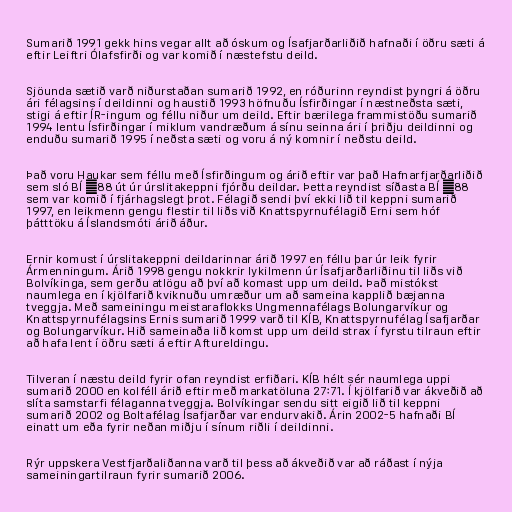
Sumarið 1991 gekk hins vegar allt að óskum og Ísafjarðarliðið hafnaði í öðru sæti á
eftir Leiftri Ólafsfirði og var komið í næstefstu deild.

Sjöunda sætið varð niðurstaðan sumarið 1992, en róðurinn reyndist þyngri á öðru
ári félagsins í deildinni og haustið 1993 höfnuðu Ísfirðingar í næstneðsta sæti,
stigi á eftir ÍR-ingum og féllu niður um deild. Eftir bærilega frammistöðu sumarið
1994 lentu Ísfirðingar í miklum vandræðum á sínu seinna ári í þriðju deildinni og
enduðu sumarið 1995 í neðsta sæti og voru á ný komnir í neðstu deild.

Það voru Haukar sem féllu með Ísfirðingum og árið eftir var það Hafnarfjarðarliðið
sem sló BÍ ´88 út úr úrslitakeppni fjórðu deildar. Þetta reyndist síðasta BÍ ´88
sem var komið í fjárhagslegt þrot. Félagið sendi því ekki lið til keppni sumarið
1997, en leikmenn gengu flestir til liðs við Knattspyrnufélagið Erni sem hóf
þátttöku á Íslandsmóti árið áður.

Ernir komust í úrslitakeppni deildarinnar árið 1997 en féllu þar úr leik fyrir
Ármenningum. Árið 1998 gengu nokkrir lykilmenn úr Ísafjarðarliðinu til liðs við
Bolvíkinga, sem gerðu atlögu að því að komast upp um deild. Það mistókst
naumlega en í kjölfarið kviknuðu umræður um að sameina kapplið bæjanna
tveggja. Með sameiningu meistaraflokks Ungmennafélags Bolungarvíkur og
Knattspyrnufélagsins Ernis sumarið 1999 varð til KÍB, Knattspyrnufélag Ísafjarðar
og Bolungarvíkur. Hið sameinaða lið komst upp um deild strax í fyrstu tilraun eftir
að hafa lent í öðru sæti á eftir Aftureldingu.

Tilveran í næstu deild fyrir ofan reyndist erfiðari. KÍB hélt sér naumlega uppi
sumarið 2000 en kolféll árið eftir með markatöluna 27:71. Í kjölfarið var ákveðið að
slíta samstarfi félaganna tveggja. Bolvíkingar sendu sitt eigið lið til keppni
sumarið 2002 og Boltafélag Ísafjarðar var endurvakið. Árin 2002-5 hafnaði BÍ
einatt um eða fyrir neðan miðju í sínum riðli í deildinni.

Rýr uppskera Vestfjarðaliðanna varð til þess að ákveðið var að ráðast í nýja
sameiningartilraun fyrir sumarið 2006.